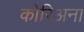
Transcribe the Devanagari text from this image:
कोरिअना